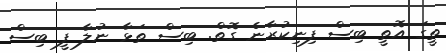
ތީގަ އޮތީ ބިސް ފިނިކުރާނެ ގޮތް. ބިސް ތަޅާ ނުލާ ފީ ބިސް